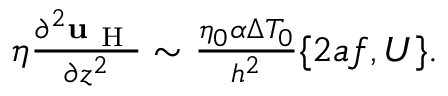
\begin{array} { r } { \eta \frac { \partial ^ { 2 } \mathbf { u } _ { \mathrm { ~ H ~ } } } { \partial z ^ { 2 } } \sim \frac { \eta _ { 0 } \alpha \Delta T _ { 0 } } { h ^ { 2 } } \{ 2 a f , U \} . } \end{array}